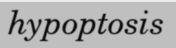
hypoptosis